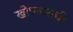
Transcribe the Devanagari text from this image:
खोपकरांची